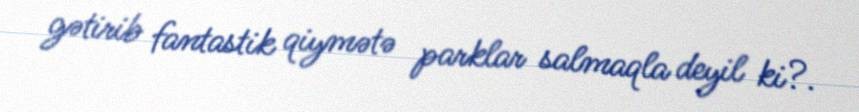
gətirib fantastik qiymətə parklar salmaqla deyil ki?.